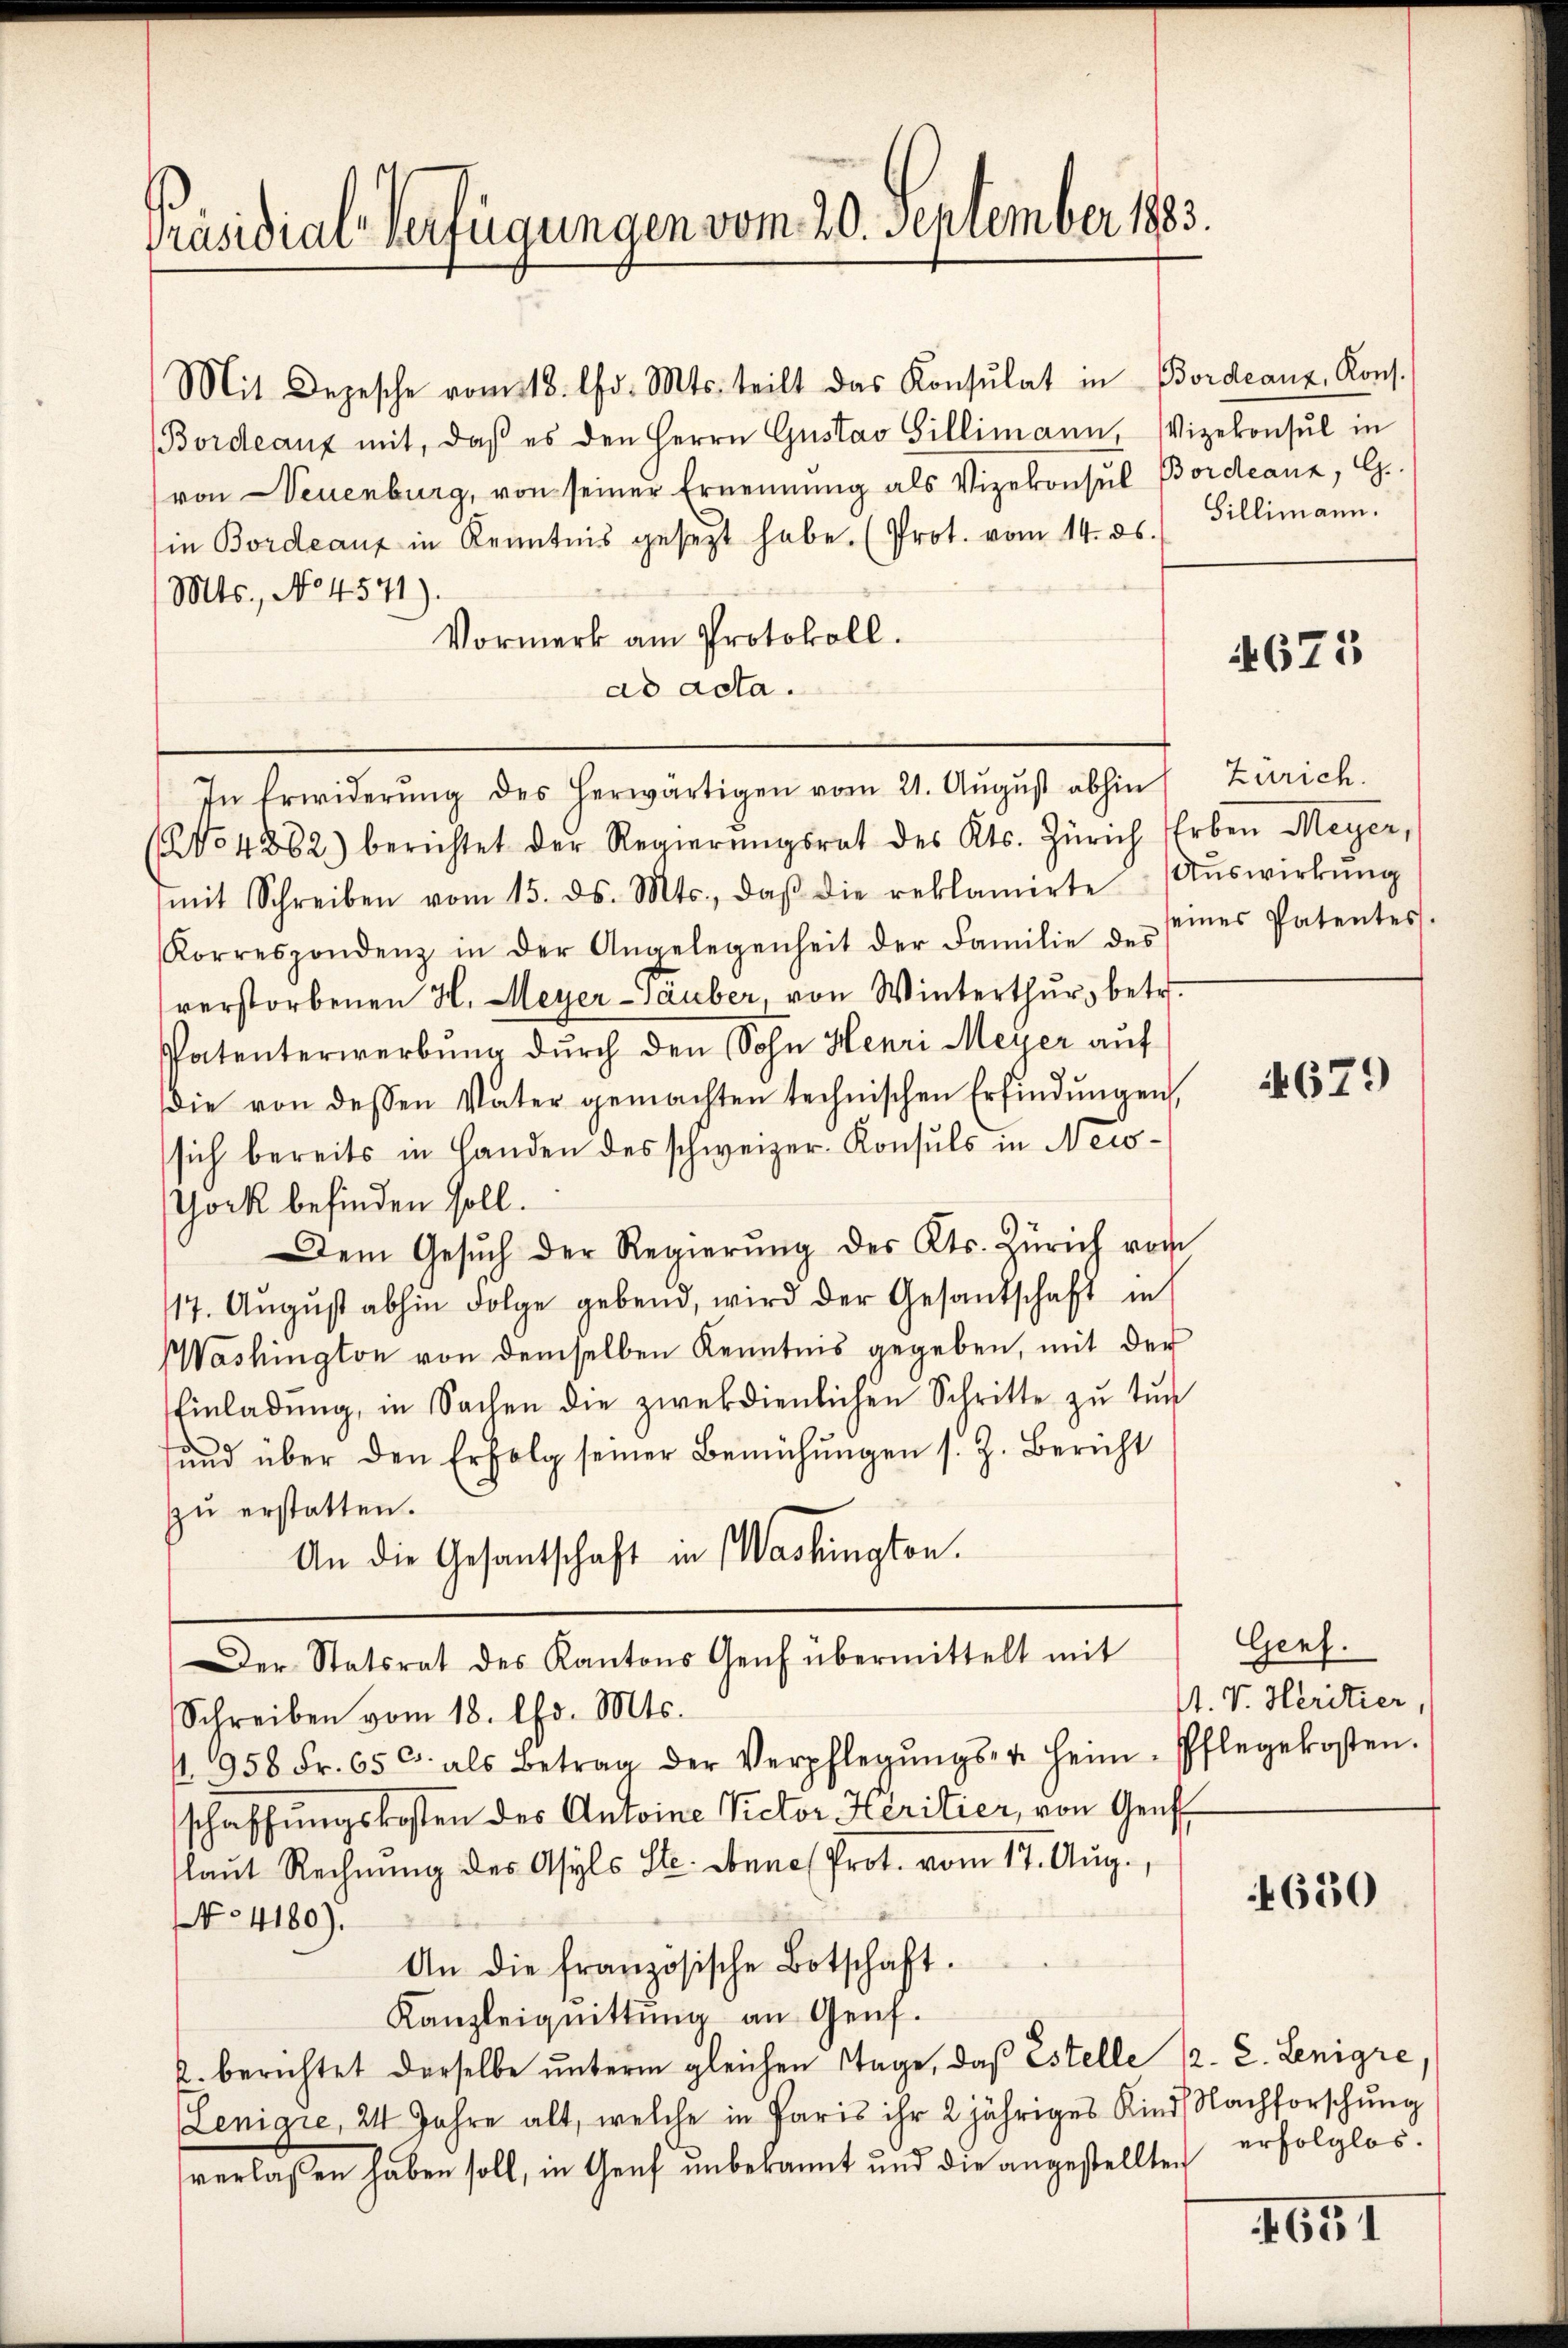
Präsidial-Verfügungen vom 20. Dezember 1883.

Mit Depesche vom 18. d. Mts. teilt das Konsulat in Bordeanz, Kons.
(Bordeaux mit, daβ es den Herrn Gustav Gillimann, Vizekonsul in
von Neuenburg, von seiner Ernennung als Vizekonsul Bordeanz, G.
in Bordeaux in Kenntnis gesetzt habe. (Prot. vom 14. ds. Gillimann.
Mts., No 4571).
Vormerk am Protokoll.
ad acta.
In Erwiderŭng des herwärtigen vom 21. Aŭgŭst abhin
(No 4882) berichtet der Regierŭngsrat des Kts. Zürich Erben Meyer,
mit Schreiben vom 15. ds. Mts., daβ die reklamirte Aŭswirkŭng
Korrespondenz in der Angelegenheit der Familie des seines Patentes.
verstorbenen H. Meyer-Tauber, von Winterthur, betr.
Patenterwerbung durch den Sohn Henri Meyer auf
die von dessen Vater gemachten technischen Erfindungen,
sich bereits in Handen des schweizer. Konsuls in Newo¬
Gock befinden soll.
Dem Gesŭch der Regierŭng des Kts. Zürich von
117. August abhin Folge gebend, wird der Gesandschaft in
Washington von demselben Kenntnis gegeben, mit der
Einladŭng, in Sachen die zwekdienlichen Schritte zŭ tŭn
fŭnd über den Erfolg seiner Bemühŭngen s. Z. Bericht
zu erstatten.
An die Gesantschaft in Washington.
Der Statsrat des Kantons Genf übermittelt mit
Schreiben vom 18. Chr. Mts.
 958 Fr. 65 c. als Betrag der Verpflegŭngs- u. heim. Pflegekosten.
schaffungskosten des Antoine Rector Heritier, von Genf
laŭt Rechnŭng des Asyls Ste. Sonne Prot. vom 17. Aug.,
No 4180).
An die französische Botschaft.
Kanzleiquittung an Genf.
2. berichtet derselbe unterm gleichen Tage, daß Estelle 1. 2. Lenigre,
Lenigie, 24 Jahre alt, welche in Paris ihr 2 jähriges Kind Nachforschung
verlassen haben soll, in Genf unbekannt und die angestellten

4675

Zürich.

679

Genf.
s. v. Heritier,

630

erfolglos.

1651